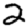
Digit: 2